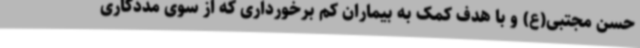
حسن مجتبی(ع) و با هدف کمک به بیماران کم برخورداری که از سوی مددکاری